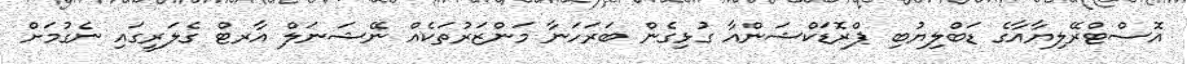
އޮސްޓްރޭލިޔާއާގެ ޑަބްލިޔުބި ޕްރޮޑަކްޝަންއާ ގުޅިގެން ބަރަހަނާ މަންޒަރުތަކެއް ނޭޝަނަލް އާރޓް ގެލަރީގައި ނެގުމަށް